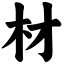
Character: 材